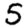
Digit: 5